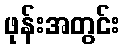
ဖုန်းအတွင်း